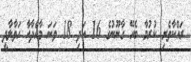
ރައްކާތެރި ކުރުމާ ބެހޭ ގާނޫނުގެ 16 އަދި 18 ވަނަ މާއްދާއާ ހަވާލާދީ